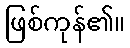
ဖြစ်ကုန်၏။